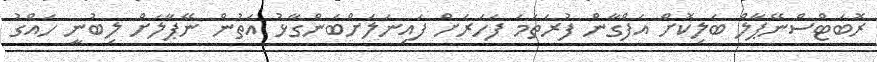
ރޮބަޓްސްނޭޕާލް ބަލިކޮށް އަފްގާން ފުރަތަމަ ފަހަރަށް ފައިނަލަށްބަންގާޅު އަތުން ނޭޕާލަށް ލިބުނީ ހައްގު